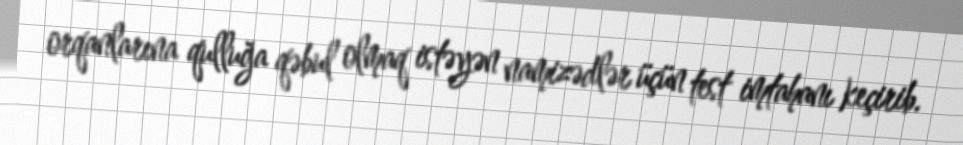
orqanlarına qulluğa qəbul olmaq istəyən namizədlər üçün test imtahanı keçirib.